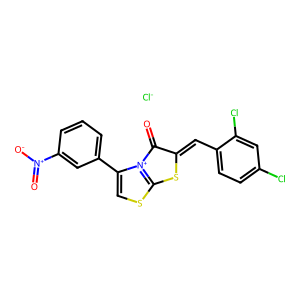
SMILES: O=C1C(=Cc2ccc(Cl)cc2Cl)Sc2scc(-c3cccc([N+](=O)[O-])c3)[n+]21.[Cl-]
Inhibits HIV replication: No